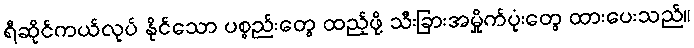
ရီဆိုင်ကယ်လုပ် နိုင်သော ပစ္စည်းတွေ ထည့်ဖို့ သီးခြားအမှိုက်ပုံးတွေ ထားပေးသည်။